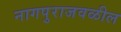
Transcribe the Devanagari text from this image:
नागपुराजवळील